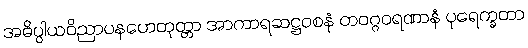
အဓိပ္ပါယဝိညာပနဟေတုတ္တာ အာကာရဆဋ္ဌဝစနံ တဝဂ္ဂဝရဏာနံ ပုရေက္ခတာ